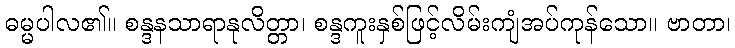
ဓမ္မပါလ၏။ စန္ဒနသာရာနုလိတ္တာ၊ စန္ဒကူးနှစ်ဖြင့်လိမ်းကျံအပ်ကုန်သော။ ဗာတာ၊